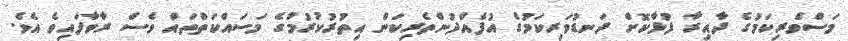
މަސްވެރިކަމުގެ ދާއިރާ ފުޅާކޮށް ދަނޑުވަރިކަމުގެ އުފެއްދުންތެރިކަން އިތުރުކުރުމުގެ މަސައްކަތްތައް ވެސް ރާވާފައިވެ އެވެ.